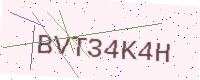
Text: BVT34K4H